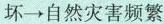
坏→自然灾害频繁